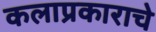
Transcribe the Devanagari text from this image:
कलाप्रकाराचे